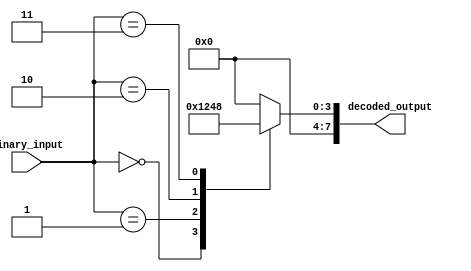
module binary_decoder #(parameter N=3)(
    input [N-1:0] binary_input,
    output reg [2**N-1:0] decoded_output
);

always @(*) begin
    case(binary_input)
        3'b000: decoded_output = 4'b0001; // activate output line 0
        3'b001: decoded_output = 4'b0010; // activate output line 1
        3'b010: decoded_output = 4'b0100; // activate output line 2
        3'b011: decoded_output = 4'b1000; // activate output line 3
        default: decoded_output = 0; // deactivate all output lines
    endcase
end

endmodule